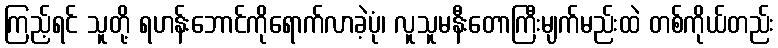
ကြည့်ရင် သူတို့ ရဟန်းဘောင်ကိုရောက်လာခဲ့ပုံ၊ လူသူမနီးတောကြီးမျက်မည်းထဲ တစ်ကိုယ်တည်း